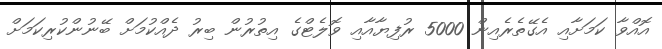
އޮއްވާ ކަމަށާއި އެގޭތެރެއިން 5000 ރުފިޔާއާއި ވޮލެޓްގެ އިތުރުން ބިރު ދެއްކުމަށް ބޭނުންކުރިކަމަށް